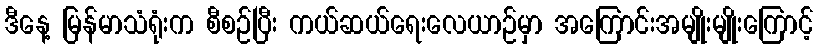
ဒီနေ့ မြန်မာသံရုံးက စီစဉ်ပြီး ကယ်ဆယ်ရေးလေယာဉ်မှာ အကြောင်းအမျိုးမျိုးကြောင့်